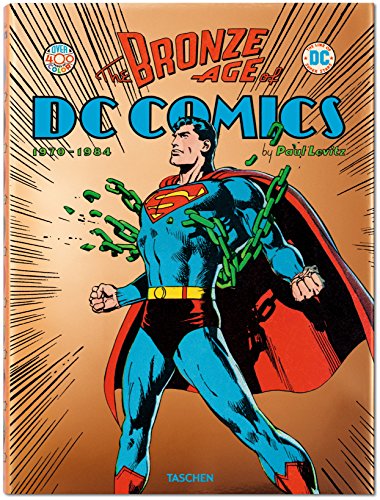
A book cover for The Bronze Age of DC Comics; Paul Levitz; Comics & Graphic Novels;